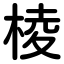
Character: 棱